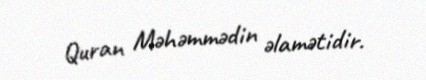
Quran Məhəmmədin əlamətidir.